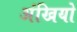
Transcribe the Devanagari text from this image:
अंखियो